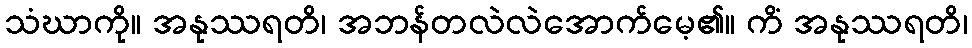
သံဃာကို။ အနုဿရတိ၊ အဘန်တလဲလဲအောက်မေ့၏။ ကိံ အနုဿရတိ၊